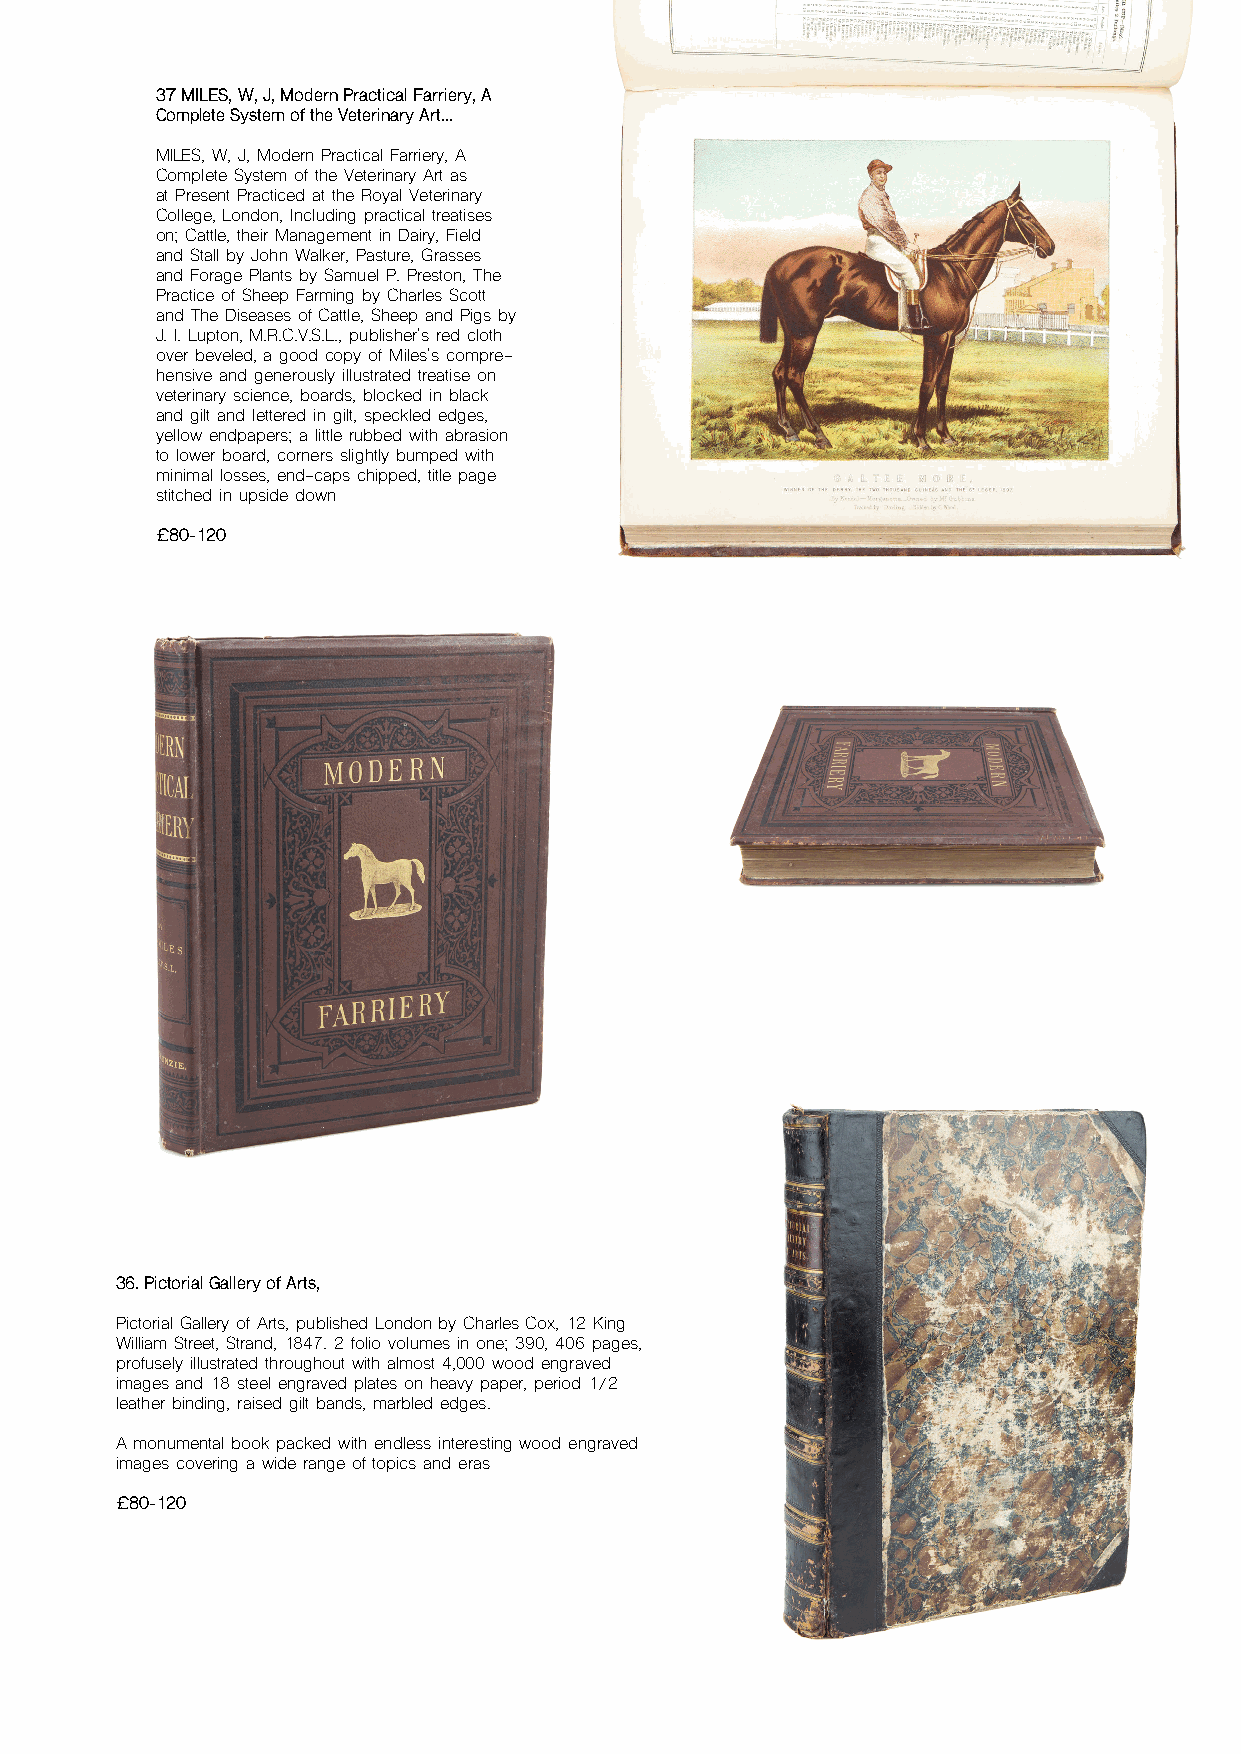
37 MILES, W, J, Modern Practical Farriery, A
 Complete System of the Veterinary Art...
 MILES, W, J, Modern Practical Farriery, A
 Complete System of the Veterinary Art as
 at Present Practiced at the Royal Veterinary
 College, London, Including practical treatises
 on; Cattle, their Management in Dairy, Field
 and Stall by John Walker, Pasture, Grasses
 and Forage Plants by Samuel P. Preston, The
 Practice of Sheep Farming by Charles Scott
 and The Diseases of Cattle, Sheep and Pigs by
 J. I. Lupton, M.R.C.V.S.L., publisher's red cloth
 over beveled, a good copy of Miles's compre-
 hensive and generously illustrated treatise on
 veterinary science, boards, blocked in black
 and gilt and lettered in gilt, speckled edges,
 yellow endpapers; a little rubbed with abrasion
 to lower board, corners slightly bumped with
 minimal losses, end-caps chipped, title page
 stitched in upside down
 £80-120
 36. Pictorial Gallery of Arts,
 Pictorial Gallery of Arts, published London by Charles Cox, 12 King
 William Street, Strand, 1847. 2 folio volumes in one; 390, 406 pages,
 profusely illustrated throughout with almost 4,000 wood engraved
 images and 18 steel engraved plates on heavy paper, period 1/2
 leather binding, raised gilt bands, marbled edges.
 A monumental book packed with endless interesting wood engraved
 images covering a wide range of topics and eras
 £80-120